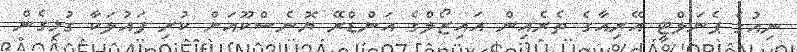
ނިއުގެ ޕެނަލްޓީ އޭރިއާގެ ތެރެއިން އައިޒޯލްގެ އަންޑްރޭ ޔޮނެސްކޫއަށް ކުރި ފައުލަކާ ގުޅިގެން